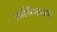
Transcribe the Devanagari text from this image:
कलिंगसम्राट्